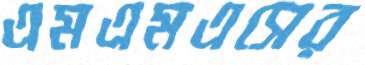
এমএমএসের